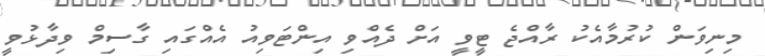
މިނިވަން ކުރުމާއެކު ރާއްޖެ ޓީވީ އަށް ދެއްވި އިންޓަވިއު އެއްގައި ގާސިމް ވިދާޅުވީ